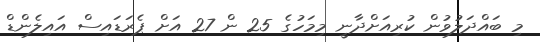
މި ބައްދަލުވުން ކުރިއަށްދާނީ މިމަހުގެ 25 ން 27 އަށް ޕެރަޑައިސް އައިލެންޑް